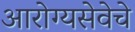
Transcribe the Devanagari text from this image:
आरोग्यसेवेचे